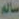
سالم